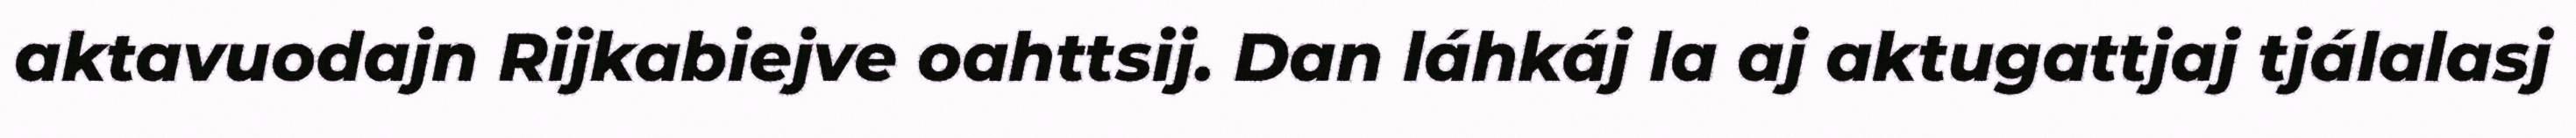
aktavuodajn Rijkabiejve oahttsij. Dan láhkáj la aj aktugattjaj tjálalasj